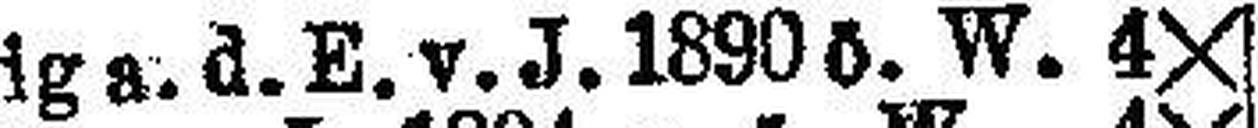
Aussig a. d. E. v. J. 1890 ö. W. 4X